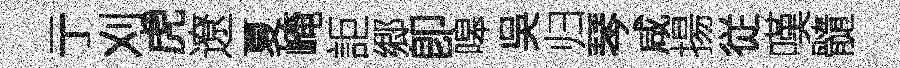
亍刈虎遼夏崦詎郷卽嗥吳归琴咸揚従嘆髓